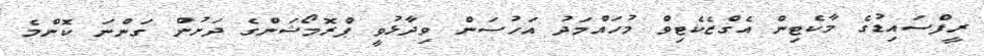
ރީފްސައިޑުގެ މާކެޓިން އެގްޒެކެޓިވް މުހައްމަދު އަހުސަން ވިދާޅުވީ ޕްރޮމޯޝަންގެ ދަށުން ގަންނަ ކޮންމެ